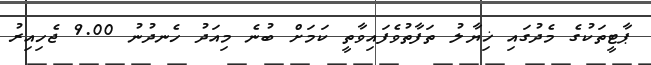
ޕާޓީތަކުގެ މެދުގައި ޚިޔާލު ތަފާތުވެފައިވާތީ ކަމަށް ބުނެ މިއަދު ހެނދުނު 9.00 ޖެހިއިރު